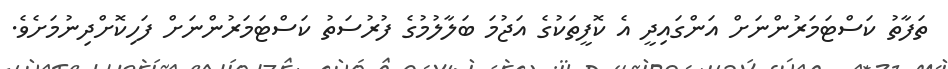
ތަފާތު ކަސްޓަމަރުންނަށް އަންގައިދީ އެ ކޮފީތަކުގެ އަޖުމަ ބަލާލުމުގެ ފުރުސަތު ކަސްޓަމަރުންނަށް ފަހިކޮށްދިނުމަށެވެ.